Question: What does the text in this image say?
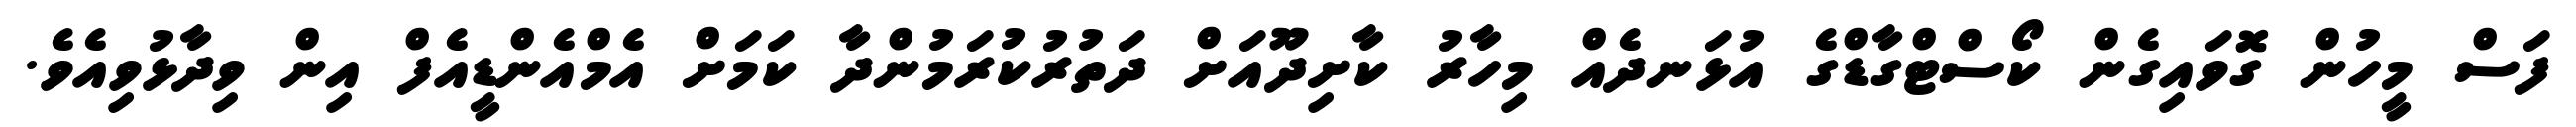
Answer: ފަސް މީހުން ގޮވައިގެން ކޯސްޓްގާޑްގެ އުޅަނދެއް މިހާރު ކާށިދޫއަށް ދަތުރުކުރަމުންދާ ކަމަށް އެމްއެންޑީއެފް އިން ވިދާޅުވިއެވެ.